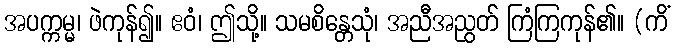
အပက္ကမ္မ၊ ဖဲကုန်၍။ ဧဝံ၊ ဤသို့။ သမစိန္တေသုံ၊ အညီအညွတ် ကြံကြကုန်၏။ (ကိံ